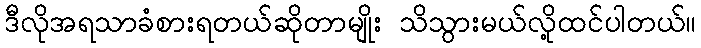
ဒီလိုအရသာခံစားရတယ်ဆိုတာမျိုး သိသွားမယ်လို့ထင်ပါတယ်။